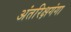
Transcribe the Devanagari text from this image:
अंतरिक्षगंगा